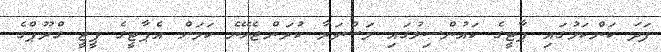
ފަދަ ކަންކަމުގައި ޕާޓީގެ ކައުންސިލުގައި މަޝްވަރާ ކުރަންޖެހޭނެ ކަމަށް އެޕާޓީގެ ޕީޖީ ގްރޫޕްގެ